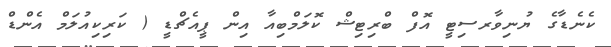
ކެނެޑާގެ ޔުނިވާރސިޓީ އޮފް ބްރިޓިޝް ކޮލަމްބިއާ އިން ޕީއެޗްޑީ ( ކަރިކިއުލަމް އެންޑް